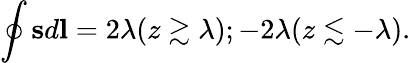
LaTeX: \oint\mathbf{s}d\mathbf{l}=2\lambda(z\gtrsim\lambda);-2\lambda(z\lesssim-\lambda).